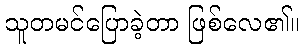
သူတမင်ပြောခဲ့တာ ဖြစ်လေ၏။